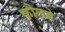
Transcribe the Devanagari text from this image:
कोलबे